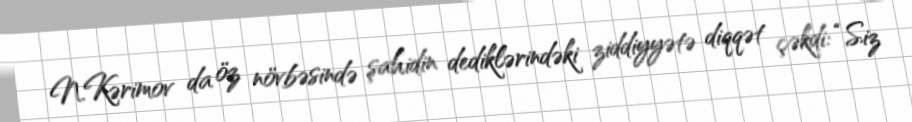
N.Kərimov da öz növbəsində şahidin dediklərindəki ziddiyyətə diqqət çəkdi: “Siz